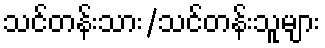
သင်တန်းသား/သင်တန်းသူများ